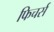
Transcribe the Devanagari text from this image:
फिचर्स